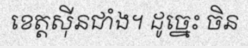
ខេត្តស៊ីនជាំង។ ដូច្នេះ ចិន